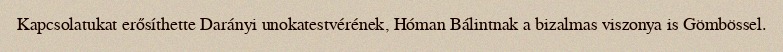
Kapcsolatukat erősíthette Darányi unokatestvérének, Hóman Bálintnak a bizalmas viszonya is Gömbössel.